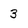
Character: 3